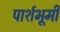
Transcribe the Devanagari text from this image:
पार्शभूमी